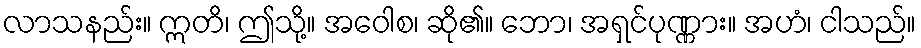
လာသနည်း။ ဣတိ၊ ဤသို့။ အဝေါစ၊ ဆို၏။ ဘော၊ အရှင်ပုဏ္ဏား။ အဟံ၊ ငါသည်။